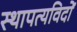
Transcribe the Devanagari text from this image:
स्थापत्यविदों